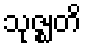
သုဇ္ဈတိ